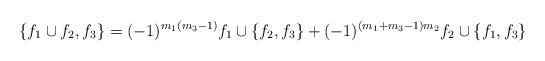
LaTeX: \begin{align*}\{f_1\cup f_2, f_3\}&=(-1)^{m_1(m_3-1)}f_1\cup\{f_2, f_3\}+(-1)^{(m_1+m_3-1)m_2} f_2\cup\{f_1, f_3\}\\\end{align*}